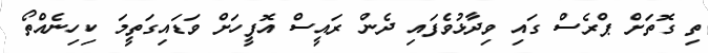
ތި ގޮތަށް ޕްރެސް ގައި ވިދާޅުވެފައި ދެން ރައީސް އޮފީހަށް ވަޑައިގަތީމަ ކިހިނެއްތޯ